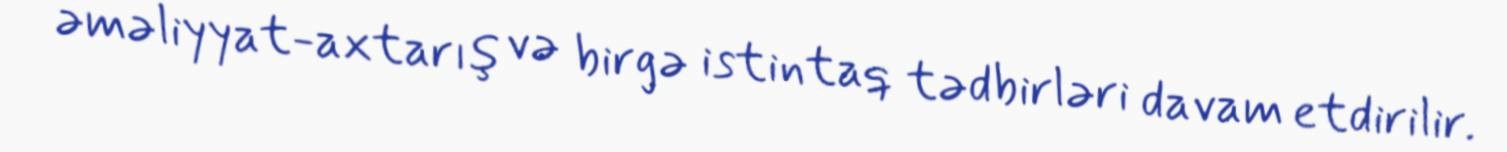
əməliyyat-axtarış və birgə istintaq tədbirləri davam etdirilir.